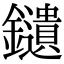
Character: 𨯯